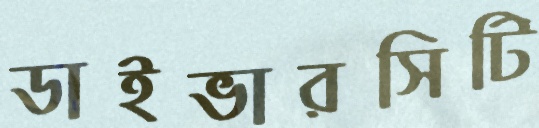
ডাইভারসিটি